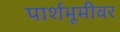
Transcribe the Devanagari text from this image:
पार्शभूमीवर